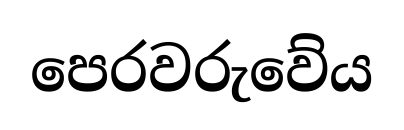
පෙරවරුවේය